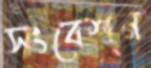
সংবেশন